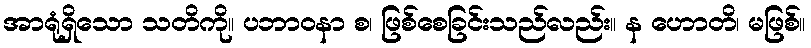
အာရုံရှိသော သတိကို။ ပဘာဝနာ စ၊ ဖြစ်စေခြင်းသည်လည်း။ န ဟောတိ၊ မဖြစ်။